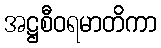
အဋ္ဌစီဝရမာတိကာ